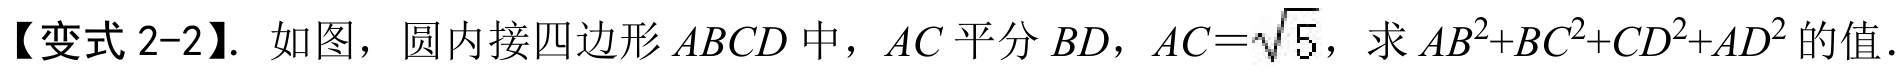
【变式2-2】. 如图，圆内接四边形\(ABCD\)中，\(AC\)平分\(BD\)，\(AC = \sqrt{5}\)，求\(AB^{2}+BC^{2}+CD^{2}+AD^{2}\)的值.